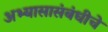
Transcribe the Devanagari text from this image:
अभ्यासासंबंधीचे